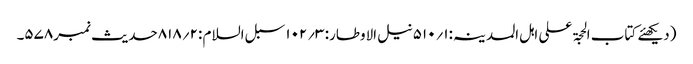
(دیکھئے کتاب الحجۃ علی اہل المدینہ:۱؍۵۱۰نیل الاوطار: ۳؍۱۰۲ سبل السلام :۲؍۸۱۸حدیث نمبر۵۷۸۔